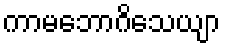
ကာမဘောဂိသေယျာ